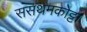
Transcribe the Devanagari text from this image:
ससथमकोट्टा